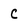
Character: C